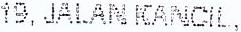
19, JALAN KANCIL,